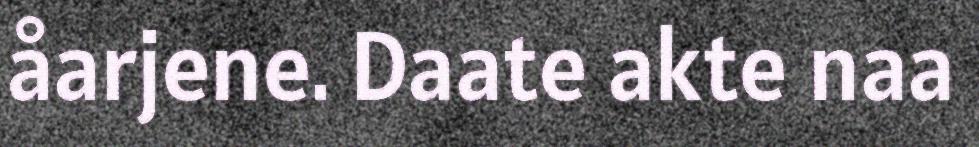
åarjene. Daate akte naa